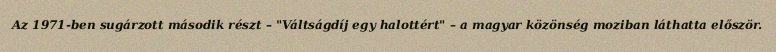
Az 1971-ben sugárzott második részt – "Váltságdíj egy halottért" – a magyar közönség moziban láthatta először.